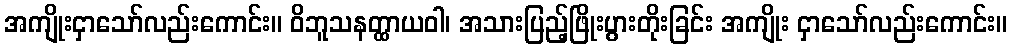
အကျိုးငှာသော်လည်းကောင်း။ ဝိဘူသနတ္ထာယဝါ၊ အသားပြည့်ဖြိုးပွားတိုးခြင်း အကျိုး ငှာသော်လည်းကောင်း။